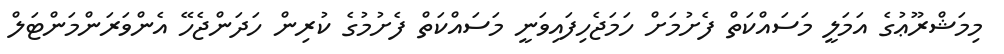
މިމަޝްރޫޢުގެ އަމަލީ މަސައްކަތް ފެށުމަށް ހަމަޖެހިފައިވަނީ މަސައްކަތް ފެށުމުގެ ކުރިން ހަދަންޖެހޭ އެންވަރަންމަންޓަލް